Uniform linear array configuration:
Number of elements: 64
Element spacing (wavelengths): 1
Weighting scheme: binomial
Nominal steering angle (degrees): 45
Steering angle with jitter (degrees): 45.704
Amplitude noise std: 0.05
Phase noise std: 0.05

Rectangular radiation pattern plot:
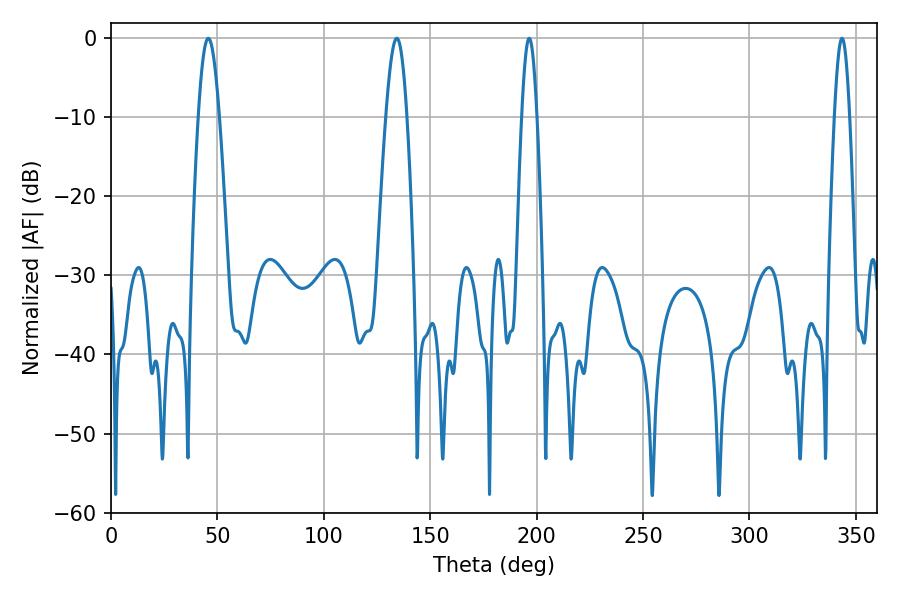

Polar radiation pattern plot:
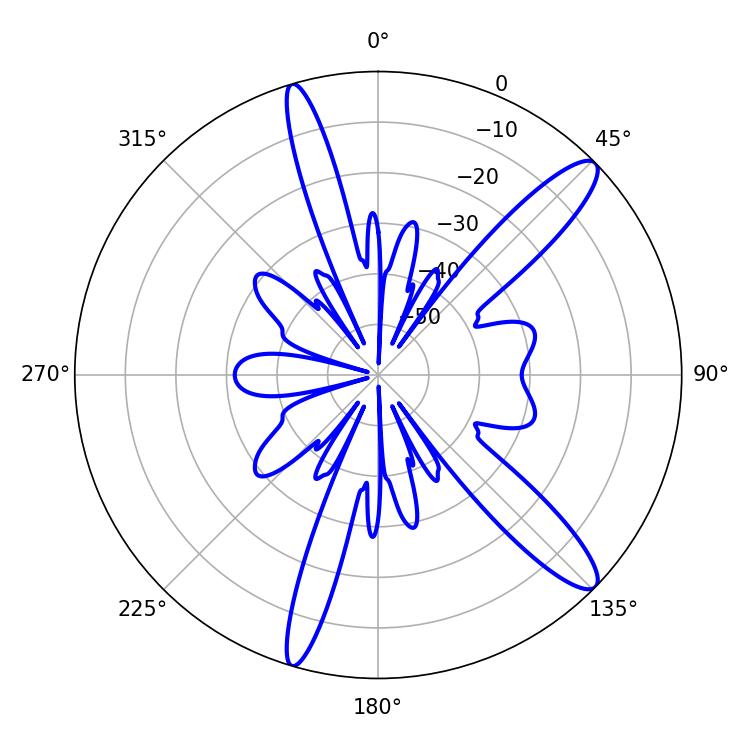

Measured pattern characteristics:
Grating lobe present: TRUE
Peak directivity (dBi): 12.818
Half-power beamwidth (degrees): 5.22
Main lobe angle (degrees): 45.72